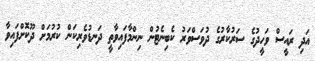
އަދި ރައީސް ވަހީދުގެ ސަރުކާރުގެ ދުވަސްވަރު ކެބިނެޓުން ނިންމާފައިވާތީ ދަނޑުވެރިކަން ކުރުމަށް ދޫކޮށްފައިވާ